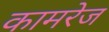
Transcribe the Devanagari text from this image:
कामरेज